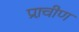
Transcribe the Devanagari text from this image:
प्रा़चीण